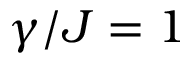
\gamma / J = 1